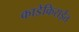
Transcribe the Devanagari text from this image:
काडेकिराईत